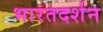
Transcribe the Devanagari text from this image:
भारतदर्शन